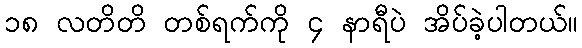
၁၈ လတိတိ တစ်ရက်ကို ၄ နာရီပဲ အိပ်ခဲ့ပါတယ်။